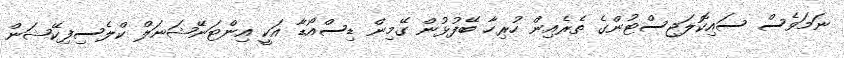
ނަމަވެސް ސައިކޮލަޖިސްޓުންގެ ތެރެއިން ހުރިހާ ބޭފުޅުން ގޭމިން ޑިސްއޯޑާ އަކީ އިންޓަނޭޝަނަލް ކްލެސިފިކޭޝަން